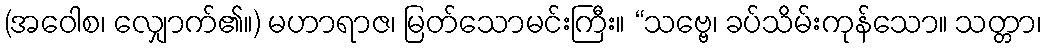
(အဝေါစ၊ လျှောက်၏။) မဟာရာဇ၊ မြတ်သောမင်းကြီး။ “သဗ္ဗေ၊ ခပ်သိမ်းကုန်သော။ သတ္တာ၊